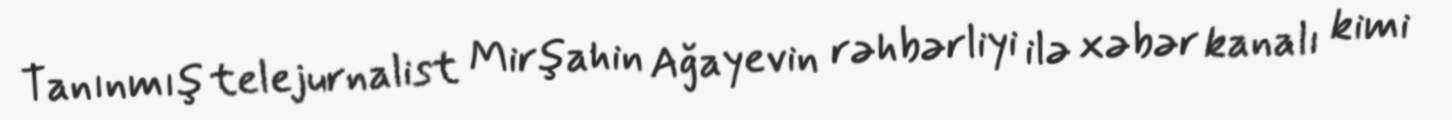
Tanınmış telejurnalist Mirşahin Ağayevin rəhbərliyi ilə xəbər kanalı kimi